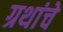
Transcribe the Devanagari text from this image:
ग्रथांचे